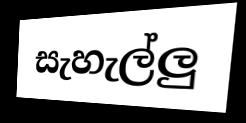
සැහැල්ලු